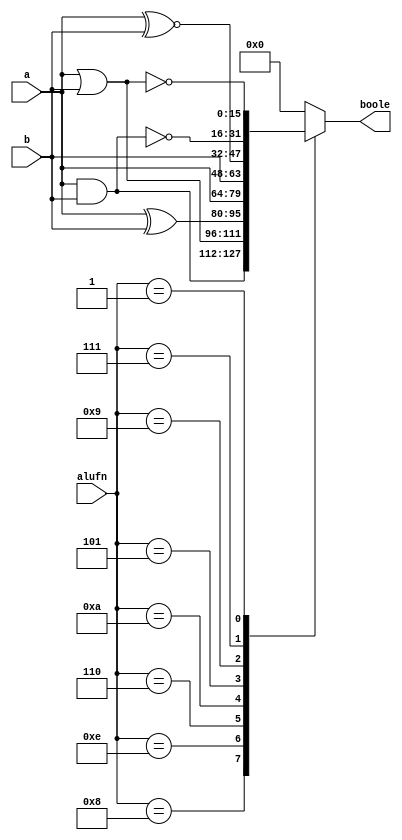
/*
   This file was generated automatically by the Mojo IDE version B1.3.6.
   Do not edit this file directly. Instead edit the original Lucid source.
   This is a temporary file and any changes made to it will be destroyed.
*/

module boolean_6 (
    input [15:0] a,
    input [15:0] b,
    input [3:0] alufn,
    output reg [15:0] boole
  );
  
  
  
  always @* begin
    boole = 16'h0000;
    
    case (alufn)
      4'h0: begin
        boole = 16'h0000;
      end
      4'h8: begin
        boole = a & b;
      end
      4'he: begin
        boole = a | b;
      end
      4'h6: begin
        boole = a ^ b;
      end
      4'ha: begin
        boole = a;
      end
      4'h5: begin
        boole = b;
      end
      4'h9: begin
        boole = a ~^ b;
      end
      4'h7: begin
        boole = ~(a & b);
      end
      4'h1: begin
        boole = ~(a | b);
      end
      default: begin
        boole = 16'h0000;
      end
    endcase
  end
endmodule